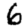
Digit: 6